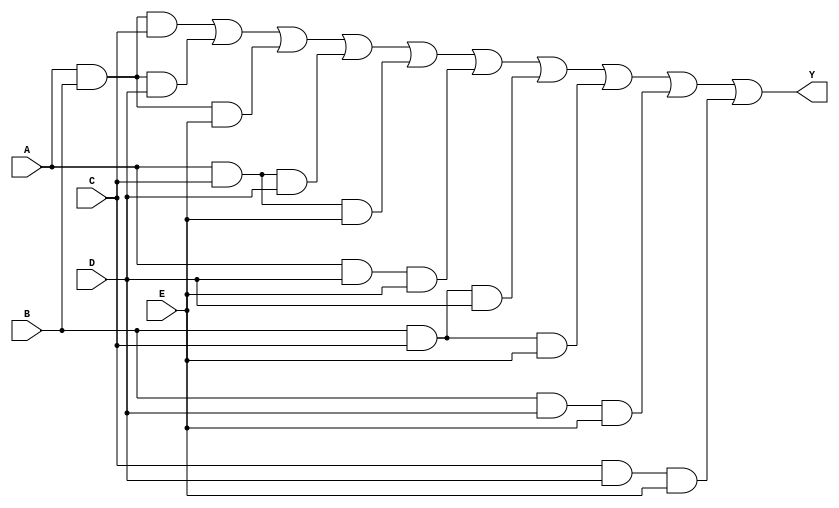
`timescale 1ns / 1ps
//////////////////////////////////////////////////////////////////////////////////
// Company: 
// Engineer: 
// 
// Design Name:    
// Module Name:    one 
// Project Name:   	
// Target Devices: 
// Tool versions: 
// Description: 
//
// Dependencies: 
//
// Revision: 
// Revision 0.01 - File Created
// Additional Comments: 
//
//////////////////////////////////////////////////////////////////////////////////
module one(A,B,C,D,E,Y);
    input A,B,C,D,E;
	 output Y;
	 wire A,B,C,D,E,Y,T0,T1,T2,T3,T4,T5,T6,T7,T8,T9;
	 and AU0(T0,A,B,C),
		AU1(T1,A,B,D),
		AU2(T2,A,B,E),
		AU3(T3,A,C,D),
		AU4(T4,A,C,E),
		AU5(T5,A,D,E),
		AU6(T6,B,C,D),
		AU7(T7,B,C,E),
		AU8(T8,B,D,E),
		AU9(T9,C,D,E);
	or OU0(Y, T0,T1,T2,T3,T4,T5,T6,T7,T8,T9);
endmodule